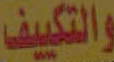
والتكييف